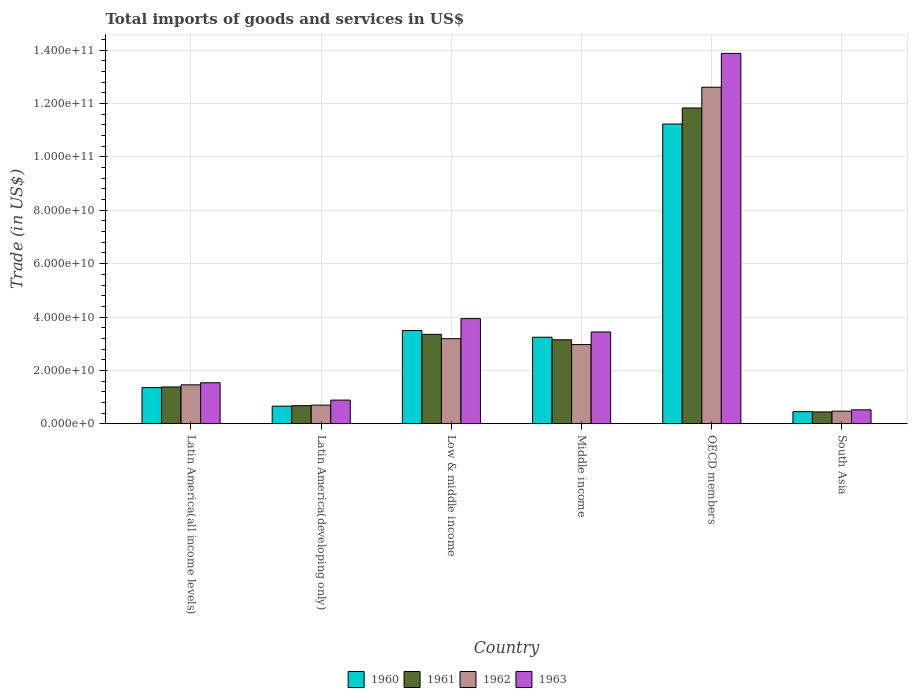
| Country | 1960 | 1961 | 1962 | 1963 |
 | --- | --- | --- | --- | --- |
 | Latin America(all income levels) | 1.35e+10 | 1.38e+10 | 1.46e+10 | 1.54e+10 |
 | Latin America(developing only) | 6.59e+09 | 6.78e+09 | 6.99e+09 | 8.86e+09 |
 | Low & middle income | 3.49e+10 | 3.35e+10 | 3.19e+10 | 3.94e+10 |
 | Middle income | 3.24e+10 | 3.15e+10 | 2.97e+10 | 3.44e+10 |
 | OECD members | 1.12e+11 | 1.18e+11 | 1.26e+11 | 1.39e+11 |
 | South Asia | 4.53e+09 | 4.43e+09 | 4.71e+09 | 5.21e+09 |